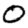
Digit: 0